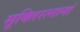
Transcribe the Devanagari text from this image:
सूक्तिरत्नानां